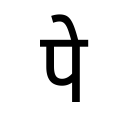
OCR:
पे